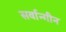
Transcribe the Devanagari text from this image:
सर्वान्गीन